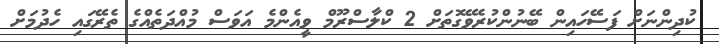
ކުދިންނަށް ފަސޭހައިން ބޭނުންކުރެވޭގޮތަށް 2 ކްލާސްރޫމް ވީއެންމެ އަވަސް މުއްދަތެއްގެ ތެރޭގައި ހެދުމަށް